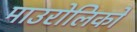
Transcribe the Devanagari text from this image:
माउरोलिको